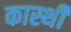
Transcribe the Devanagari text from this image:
कास्थी